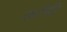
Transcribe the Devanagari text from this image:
कॉमी